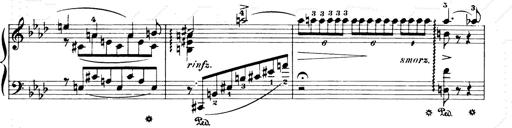
Title: Consolations and LiebestrÃ¤ume for the Piano
Composer: Franz Liszt